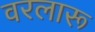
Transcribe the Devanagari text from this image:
वरलारू